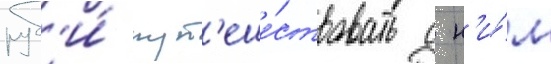
руб'и́ пут'еше́ствовать с н'и́м